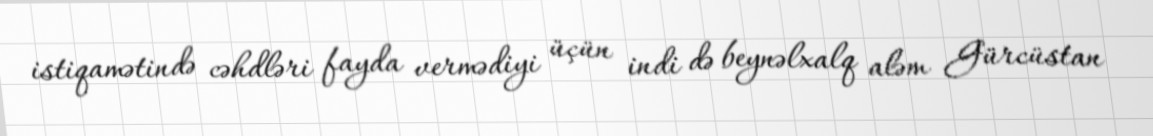
istiqamətində cəhdləri fayda vermədiyi üçün indi də beynəlxalq aləm Gürcüstan